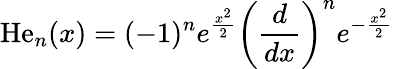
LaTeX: \mathrm{He}_{n}(x)=(-1)^{n}e^{\frac{x^{2}}{2}}\left({\frac{d}{dx}}\right)^{n}e^{-{\frac{x^{2}}{2}}}